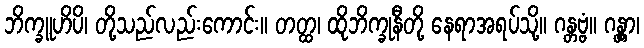
ဘိက္ခူဟိပိ၊ တို့သည်လည်းကောင်း။ တတ္ထ၊ ထိုဘိက္ခုနီတို့ နေရာအရပ်သို့။ ဂန္တဗ္ဗံ။ ဂန္တွာ၊